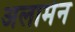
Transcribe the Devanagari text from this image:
अलामेन